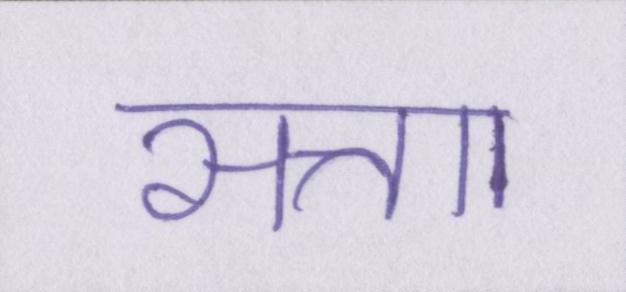
सत्ताा